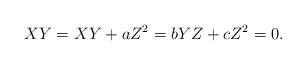
LaTeX: \begin{align*} XY = XY+aZ^2 = bYZ+cZ^2 = 0.\end{align*}